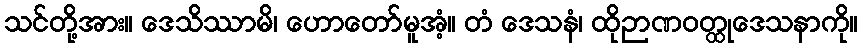
သင်တို့အား။ ဒေသိဿာမိ၊ ဟောတော်မူအံ့။ တံ ဒေသနံ၊ ထိုဉာဏဝတ္ထုဒေသနာကို။